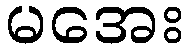
မအေး